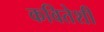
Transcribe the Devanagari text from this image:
कवितेशी